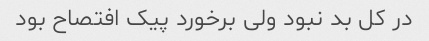
در کل بد نبود ولی برخورد پیک افتصاح بود